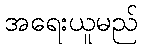
အရေးယူမည်